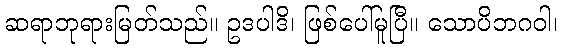
ဆရာဘုရားမြတ်သည်။ ဥဒပါဒိ၊ ဖြစ်ပေါ်မူပြီ။ သောပိဘဂဝါ၊